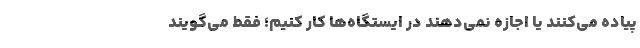
پیاده می‌کنند یا اجازه نمی‌دهند در ایستگاه‌ها کار کنیم؛ فقط می‌گویند